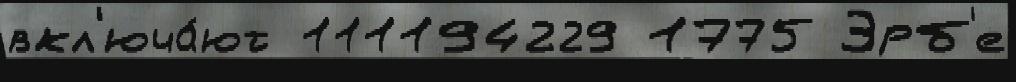
вкл'юча́ют 111194229 1775 Эрб'е